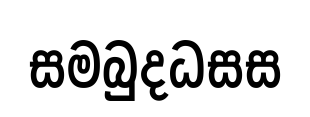
සමබුදධසස